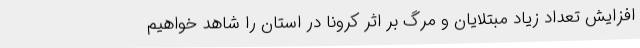
افزایش تعداد زیاد مبتلایان و مرگ بر اثر کرونا در استان را شاهد خواهیم